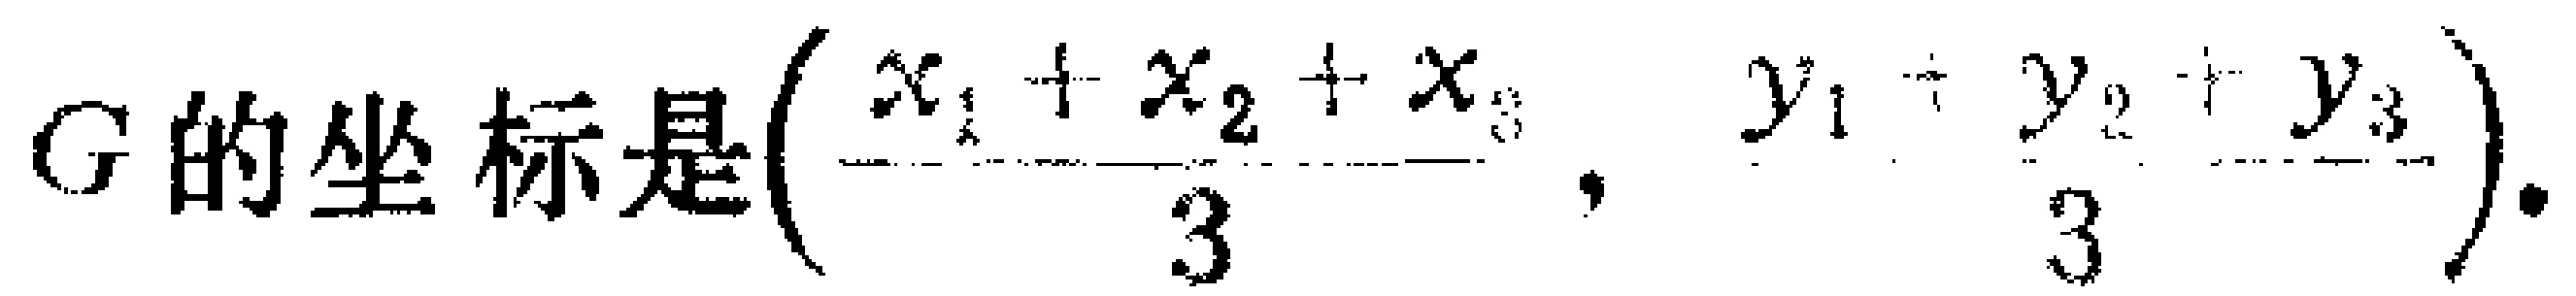
\(G的坐标是(\frac{x_{1} + x_{2} + x_{3}}{3},\frac{y_{1} + y_{2} + y_{3}}{3}).\)